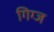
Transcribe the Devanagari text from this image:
गिग्ज